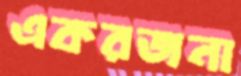
একরজনা